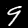
Label: 9